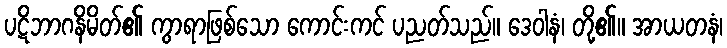
ပဋိဘာဂနိမိတ်၏ ကွာရာဖြစ်သော ကောင်းကင် ပညတ်သည်။ ဒေဝါနံ၊ တို့၏။ အာယတနံ၊